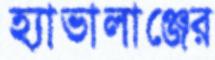
হ্যাভালাঞ্জের